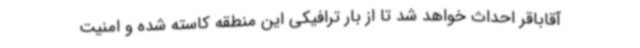
آقاباقر احداث خواهد شد تا از بار ترافیکی این منطقه کاسته شده و امنیت